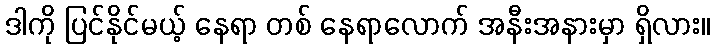
ဒါကို ပြင်နိုင်မယ့် နေရာ တစ် နေရာလောက် အနီးအနားမှာ ရှိလား။